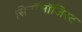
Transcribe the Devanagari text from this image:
सिनॉलॉजिस्ट